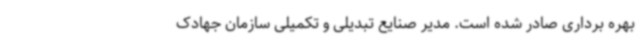
بهره برداری صادر شده است. مدیر صنایع تبدیلی و تکمیلی سازمان جهادک